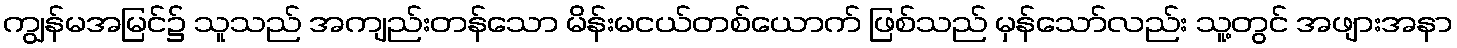
ကျွန်မအမြင်၌ သူသည် အကျည်းတန်သော မိန်းမငယ်တစ်ယောက် ဖြစ်သည် မှန်သော်လည်း သူ့တွင် အဖျားအနာ